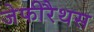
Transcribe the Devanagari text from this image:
जेफीरैथस